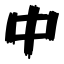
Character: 中